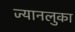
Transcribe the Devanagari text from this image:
ज्यानलुका